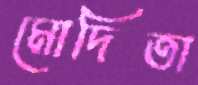
মোদিতা